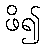
ဖိ၍